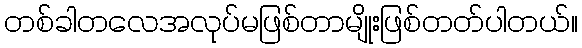
တစ်ခါတလေအလုပ်မဖြစ်တာမျိုးဖြစ်တတ်ပါတယ်။